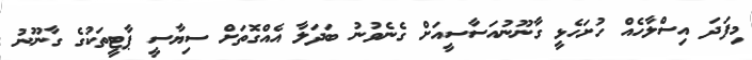
މިފަދަ އިސްލާހެއް ހުށަހެޅީ ގާނޫނުއަސާސީއަށް ގެނެވުނު ބަދަލާ އެއްގޮތަށް ސިޔާސީ ޕާޓީތަކުގެ ގާނޫނު